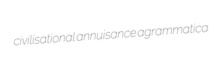
civilisational annuisance agrammatica